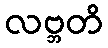
လဗ္ဘတိ